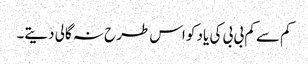
کم سے کم بی بی کی یاد کو اس طرح نہ گالی دیتے۔